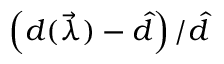
\left( d ( \vec { \lambda } ) - \hat { d } \right) / \hat { d }